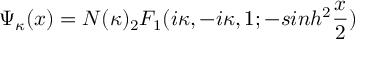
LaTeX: \Psi _ { \kappa } ( x ) = N ( \kappa ) _ { 2 } F _ { 1 } ( i \kappa , - i \kappa , 1 ; - s i n h ^ { 2 } \frac { x } { 2 } )